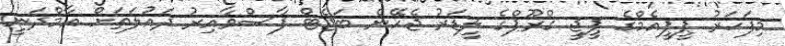
މިފަހަރު ޕީޕީއެމްގެ ޕީޖީ ގްރޫޕްގެ ލީޑަރު ޖެހޭނެ ބަޖެޓް ފާސްވާއިރު ދައުލަތަށް އާމްދަނީ